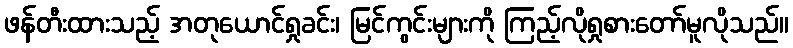
ဖန်တီးထားသည့် အတုယောင်ရှုခင်း၊ မြင်ကွင်းများကို ကြည့်လိုရှုစားတော်မူလိုသည်။